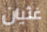
غثيان